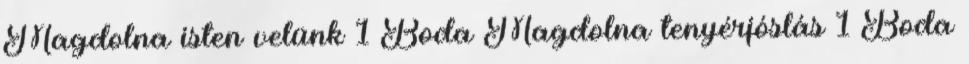
Magdolna isten velünk 1 Boda Magdolna tenyérjóslás 1 Boda